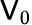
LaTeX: \mathsf{V}_{0}